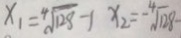
x _ { 1 } = \sqrt [ 4 ] { 1 2 8 } - 1 x _ { 2 } = - \sqrt [ 4 ] { 1 2 8 } -